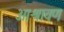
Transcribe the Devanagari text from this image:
आश्रावण